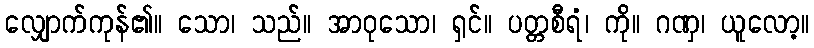
လျှောက်ကုန်၏။ သော၊ သည်။ အာဝုသော၊ ရှင်။ ပတ္တစီရံ၊ ကို။ ဂဏှ၊ ယူလော့။